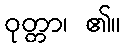
ဝုတ္တာ၊ ၏။